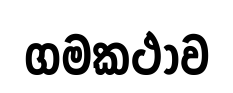
ගමකථාව